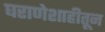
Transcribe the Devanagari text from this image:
घराणेशाहीतून